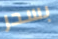
بسحر